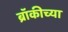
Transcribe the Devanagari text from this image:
ब्रॉकीच्या